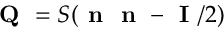
\textbf { Q } = S ( \textbf { n } \textbf { n } - \textbf { I } / 2 )